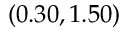
( 0 . 3 0 , 1 . 5 0 )